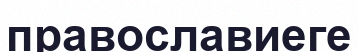
православиеге